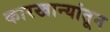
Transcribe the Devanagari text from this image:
कारखान्यांतून